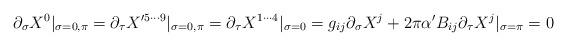
LaTeX: \begin{align*}\partial_{\sigma} X^0|_{\sigma=0,\pi}=\partial_{\tau}X'^{5\cdots 9}|_{\sigma=0,\pi}=\partial_{\tau} X^{1\cdots4}|_{\sigma=0}=g_{ij}\partial_{\sigma} X^j+2\pi\alpha'B_{ij}\partial_{\tau}X^j|_{\sigma=\pi}=0\end{align*}